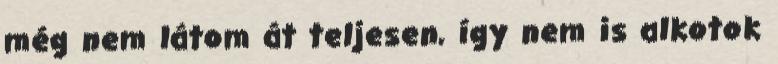
még nem látom át teljesen, így nem is alkotok